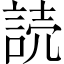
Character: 読